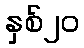
နှစ်၂၀